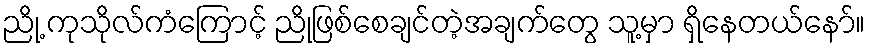
ညို့ ကုသိုလ်ကံကြောင့် ညိုဖြစ်စေချင်တဲ့အချက်တွေ သူ့မှာ ရှိနေတယ်နော်။